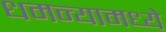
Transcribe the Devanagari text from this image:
धमन्यामध्ये